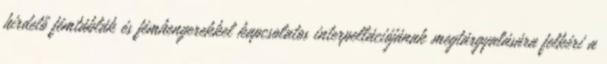
hirdető fémtáblák és fémhengerekkel kapcsolatos interpellációjának megtárgyalására felkéri a